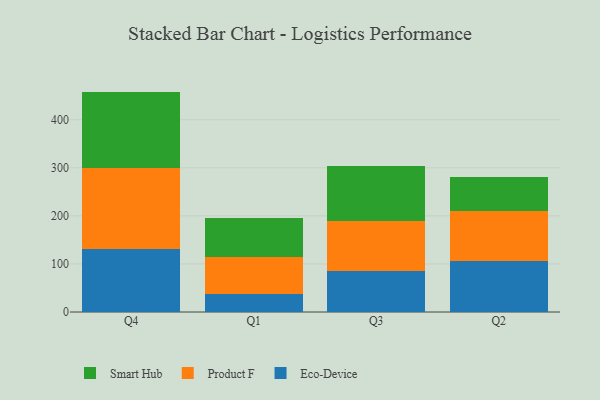
{"axis": {"x": "Quarter", "y": "Energy Usage (MWh)"}, "legend": ["Eco-Device", "Product F", "Smart Hub"], "data": [{"x": "Q4", "y": 132.1, "type": "Eco-Device"}, {"x": "Q4", "y": 166.5, "type": "Product F"}, {"x": "Q4", "y": 159.9, "type": "Smart Hub"}, {"x": "Q1", "y": 37.9, "type": "Eco-Device"}, {"x": "Q1", "y": 75.5, "type": "Product F"}, {"x": "Q1", "y": 81.6, "type": "Smart Hub"}, {"x": "Q3", "y": 85.8, "type": "Eco-Device"}, {"x": "Q3", "y": 103.6, "type": "Product F"}, {"x": "Q3", "y": 114.5, "type": "Smart Hub"}, {"x": "Q2", "y": 106.6, "type": "Eco-Device"}, {"x": "Q2", "y": 103.0, "type": "Product F"}, {"x": "Q2", "y": 72.2, "type": "Smart Hub"}]}